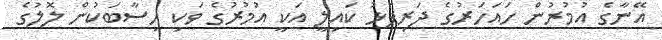
އޭނާގެ އުމުރުން ހައަހަރުގެ ދަރިފުޅު ކައިލީ އަކީ އުމުރުގެ ވަކި ހިސާބަކުން ލޮލުގެ